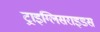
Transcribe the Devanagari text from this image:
ट्राइग्लिसराइडस